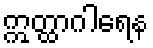
ဣတ္ထာဂါရေန